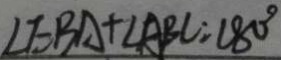
\angle E B A + \angle A B C = 1 8 0 ^ { \circ }